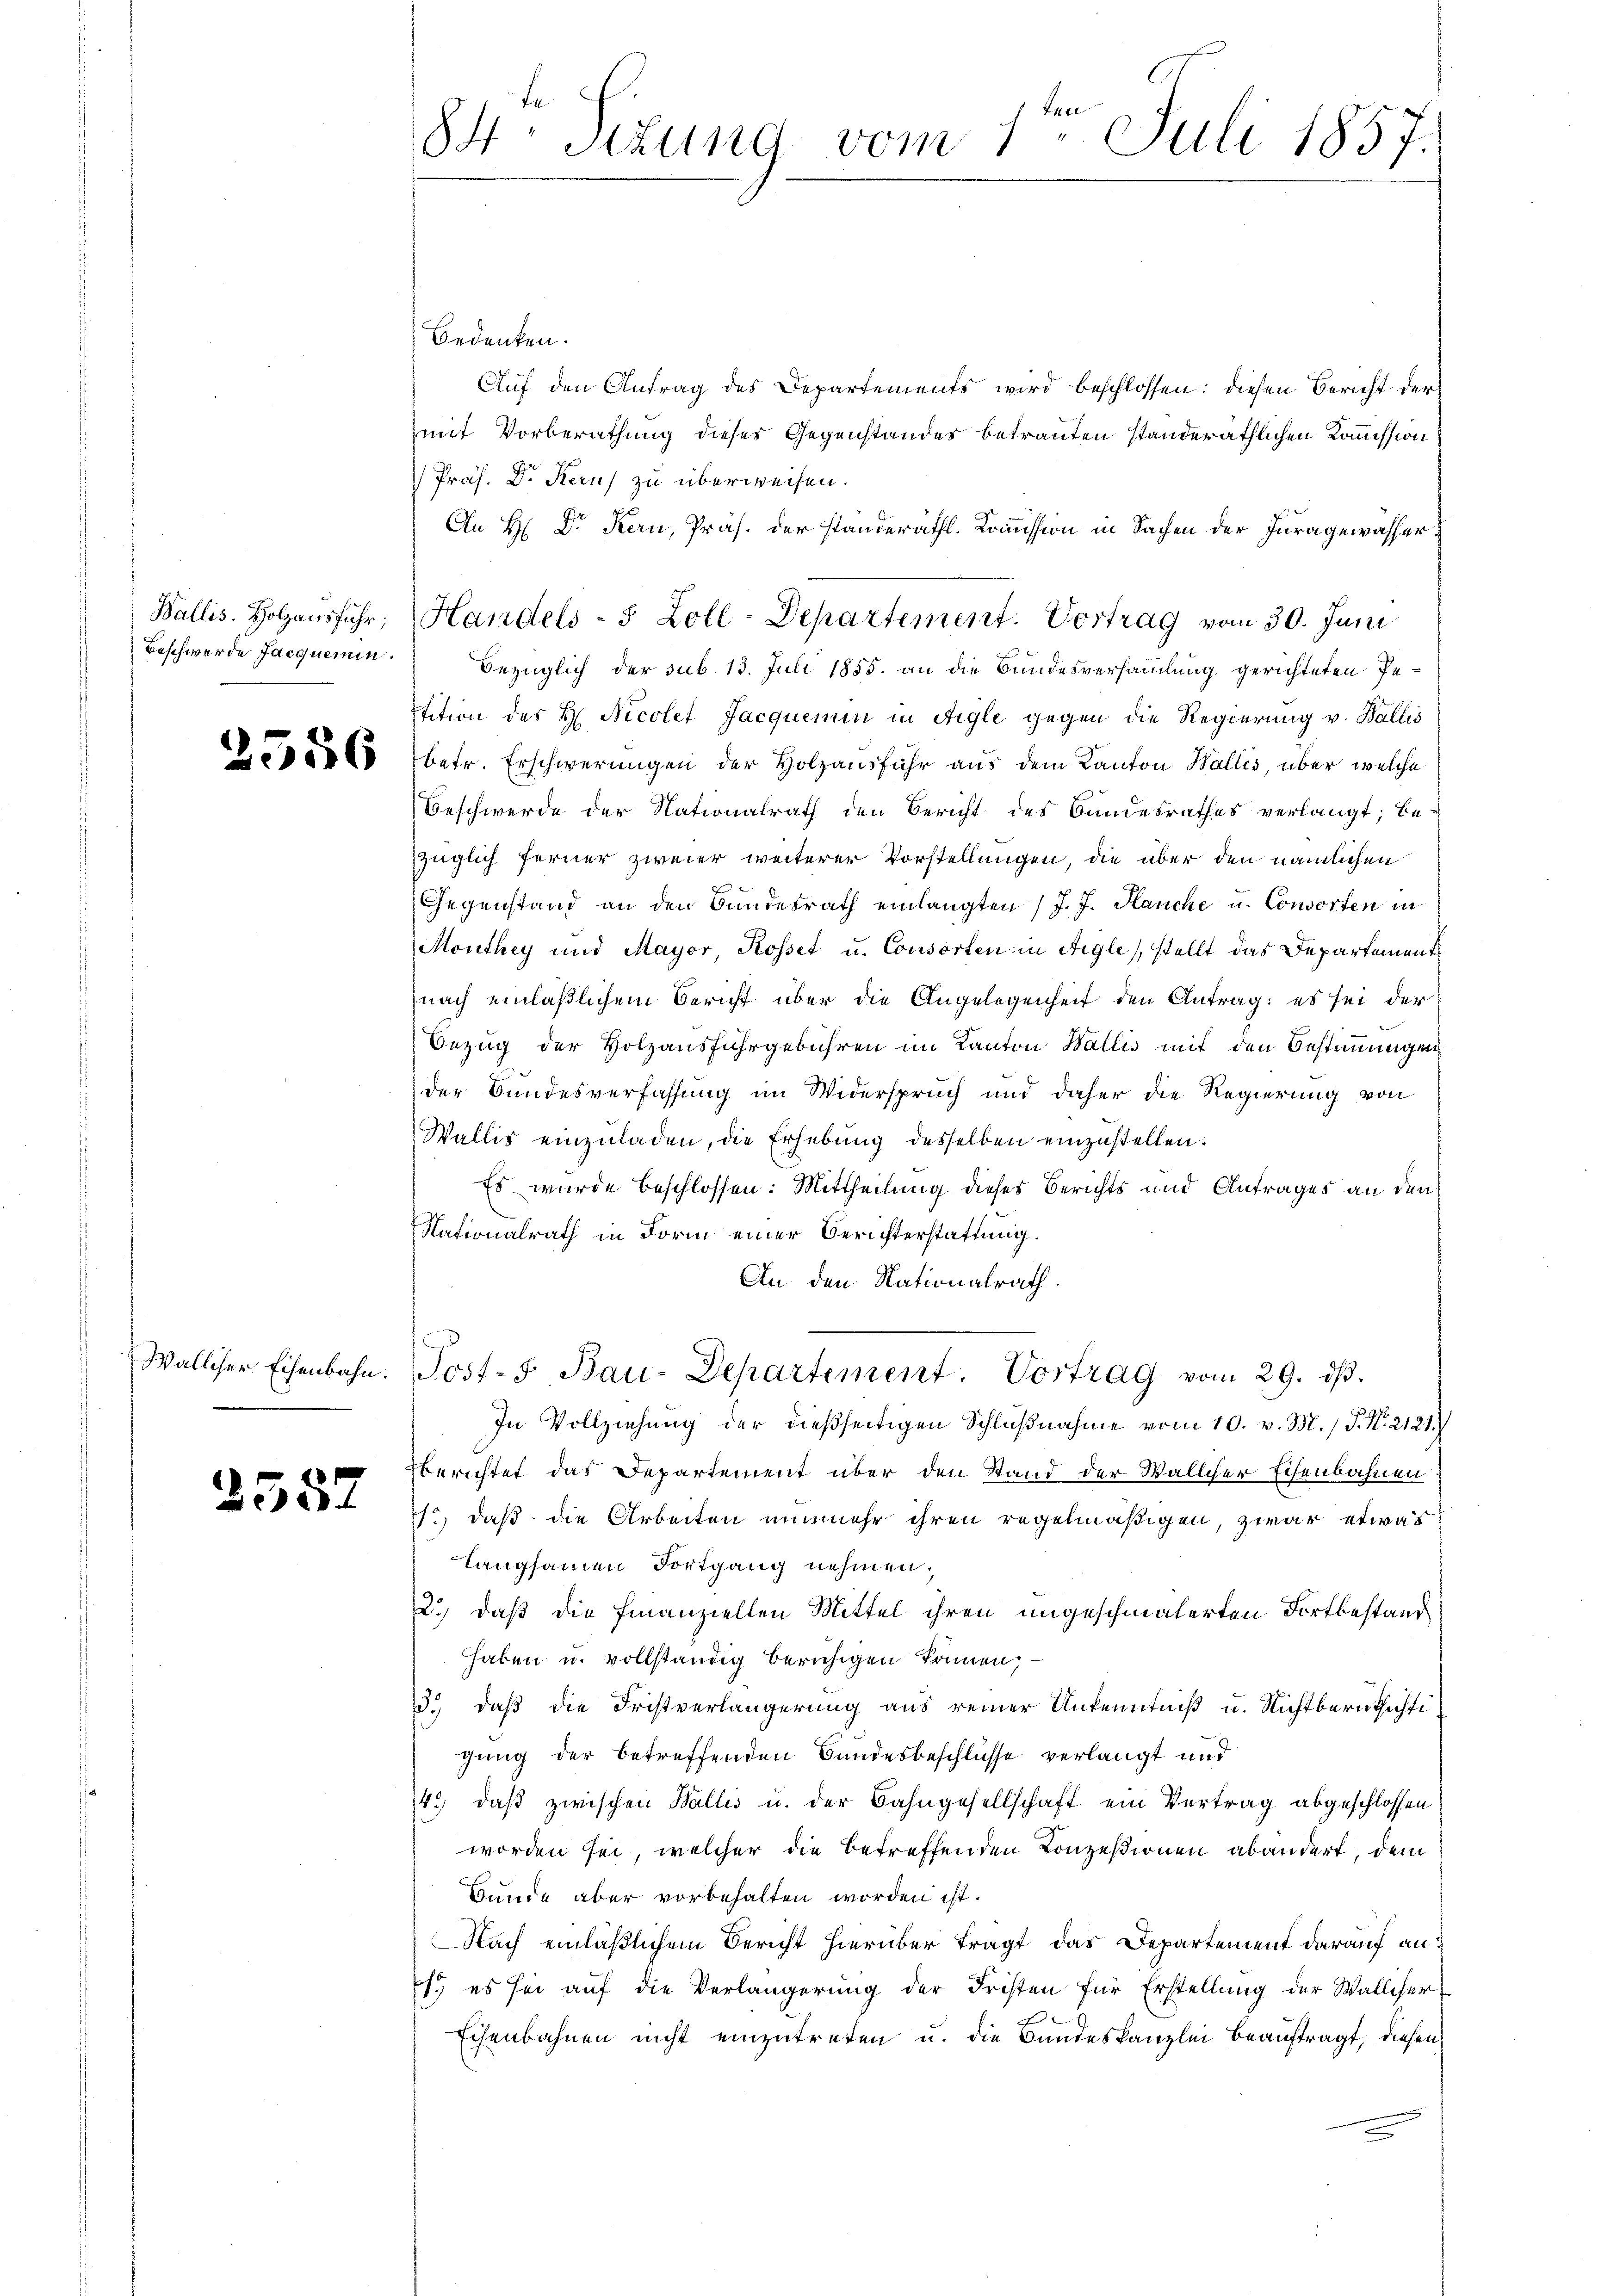
Beschwerde Jacquemen.

2557

84. Sizung vom 1. Juli 1857.

Bedenken.
Auf den Antrag des Departements wird beschlossen: diesen Bericht der
mit Vorberathung dieser Gegenstandes betrauten standeräthlichen Kommission
Präs. Dr. Kauf zu überweisen.
An H: Dr. Kern, Präs. der standeräthl. Kommission in Sachen der Juragewasserbezüglich der sub 13. Juli 1855. an die Bundesversammlung gerichteten Petition des H. Nicolet Jacquemen in Aigle gegen die Regierung v. Wallis
0 000 betr. Erschwerungen der Holzausfuhr aus dem Kanton Wallis, über welche
Beschwerde der Nationalrath den Bericht des Bundesrathes verlangt; be-
züglich ferner zweier weiterer Vorstellungen, die über den nämlichen
Gegenstand an den Bundesrath einlangten / J. J. Hauche u. Consorten in
Monthey und Mayor, Rosset u. Consorten in Aigle, stellt das Departement
nach einläßlichem Bericht über die Angelegenheit den Antrag: es sei der
Bezug der Holzausfuhrgebühren im Kanton Wallis mit den Bestimmungen
der Bundesverfassung im Widerspruch und daher die Regierung von
Wallis einzŭladen, die Erhebung desselben einzustellen:
Es wurde beschlossen: Mittheilung dieses Berichts und Antrages an den
Nationalrath in Form einer Berichterstattung.
An den Nationalrath.
Walliser Eisenbahn. Post- F. Bau-Departement. Vortrag vom 29. dβ.
In Vollziehung der dießseitigen Schlŭβnahme vom 10. v. M. / P. Nr. 2121.)
Berichtet das Departement über den Stand der Wallcher Eisenbahnen
7., daß die Arbeiten nunmehr ihren regelmäßigen, zwar etwas
langsamen Fortgang nehmen.
2.) daß die Finanziellen Mittel ihren ungeschmälerten Fortbestand
haben u. vollständig beruhigen können,
3.) daß die Fristverlängerung aus reiner Unkenntniß u. Nichtberuthichtigung der betreffenden Bundesbeschlüsse verlangt und
4.) daß zwischen Wallis u. der Bahngesellschaft ein Vertrag abgeschlossen
worden sei, welcher die betreffenden Konzesionen abändert, dem
Bunde aber vorbehalten worden ist.
Nach einläßlichem Bericht hierüber tragt, das Departement darauf an
s es sei auf die Verlängerung der Fristen für Erstellung der Walliser
Eisenbahnen nicht einzutreten u. die Bundeskanzlei beauftragt, diesen

Wallis. Holzensfuhr, Handels- 5 Zoll-Departement. Vortrag vom 30. Juni